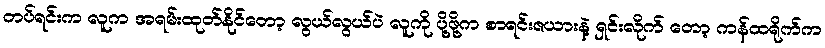
တပ်ရင်းက လူက အရမ်းထုတ်နိုင်တော့ လွယ်လွယ်ပဲ လူကို ပို့ဖို့က စာရင်းဇယားနဲ့ ရှင်းလိုက် တော့ ကန်ထရိုက်က